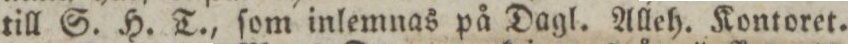
till S. H. T., ſom inlemnas på Dagl. Alleh. Kontoret.